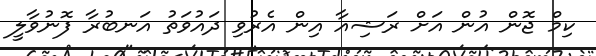
ކިމް ޖޮން އުން އަށް ރަޝިއާ އިން އެރުވި ދައުވަތު އަނބުރާ ފޮނުވާލީ